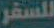
للسفر